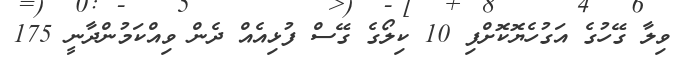
ވިލާ ގޭހުގެ އަގުހެޔޮކޮށްފި 10 ކިލޯގެ ގޭސް ފުޅިއެއް ދެން ވިއްކަމުންދާނީ 175